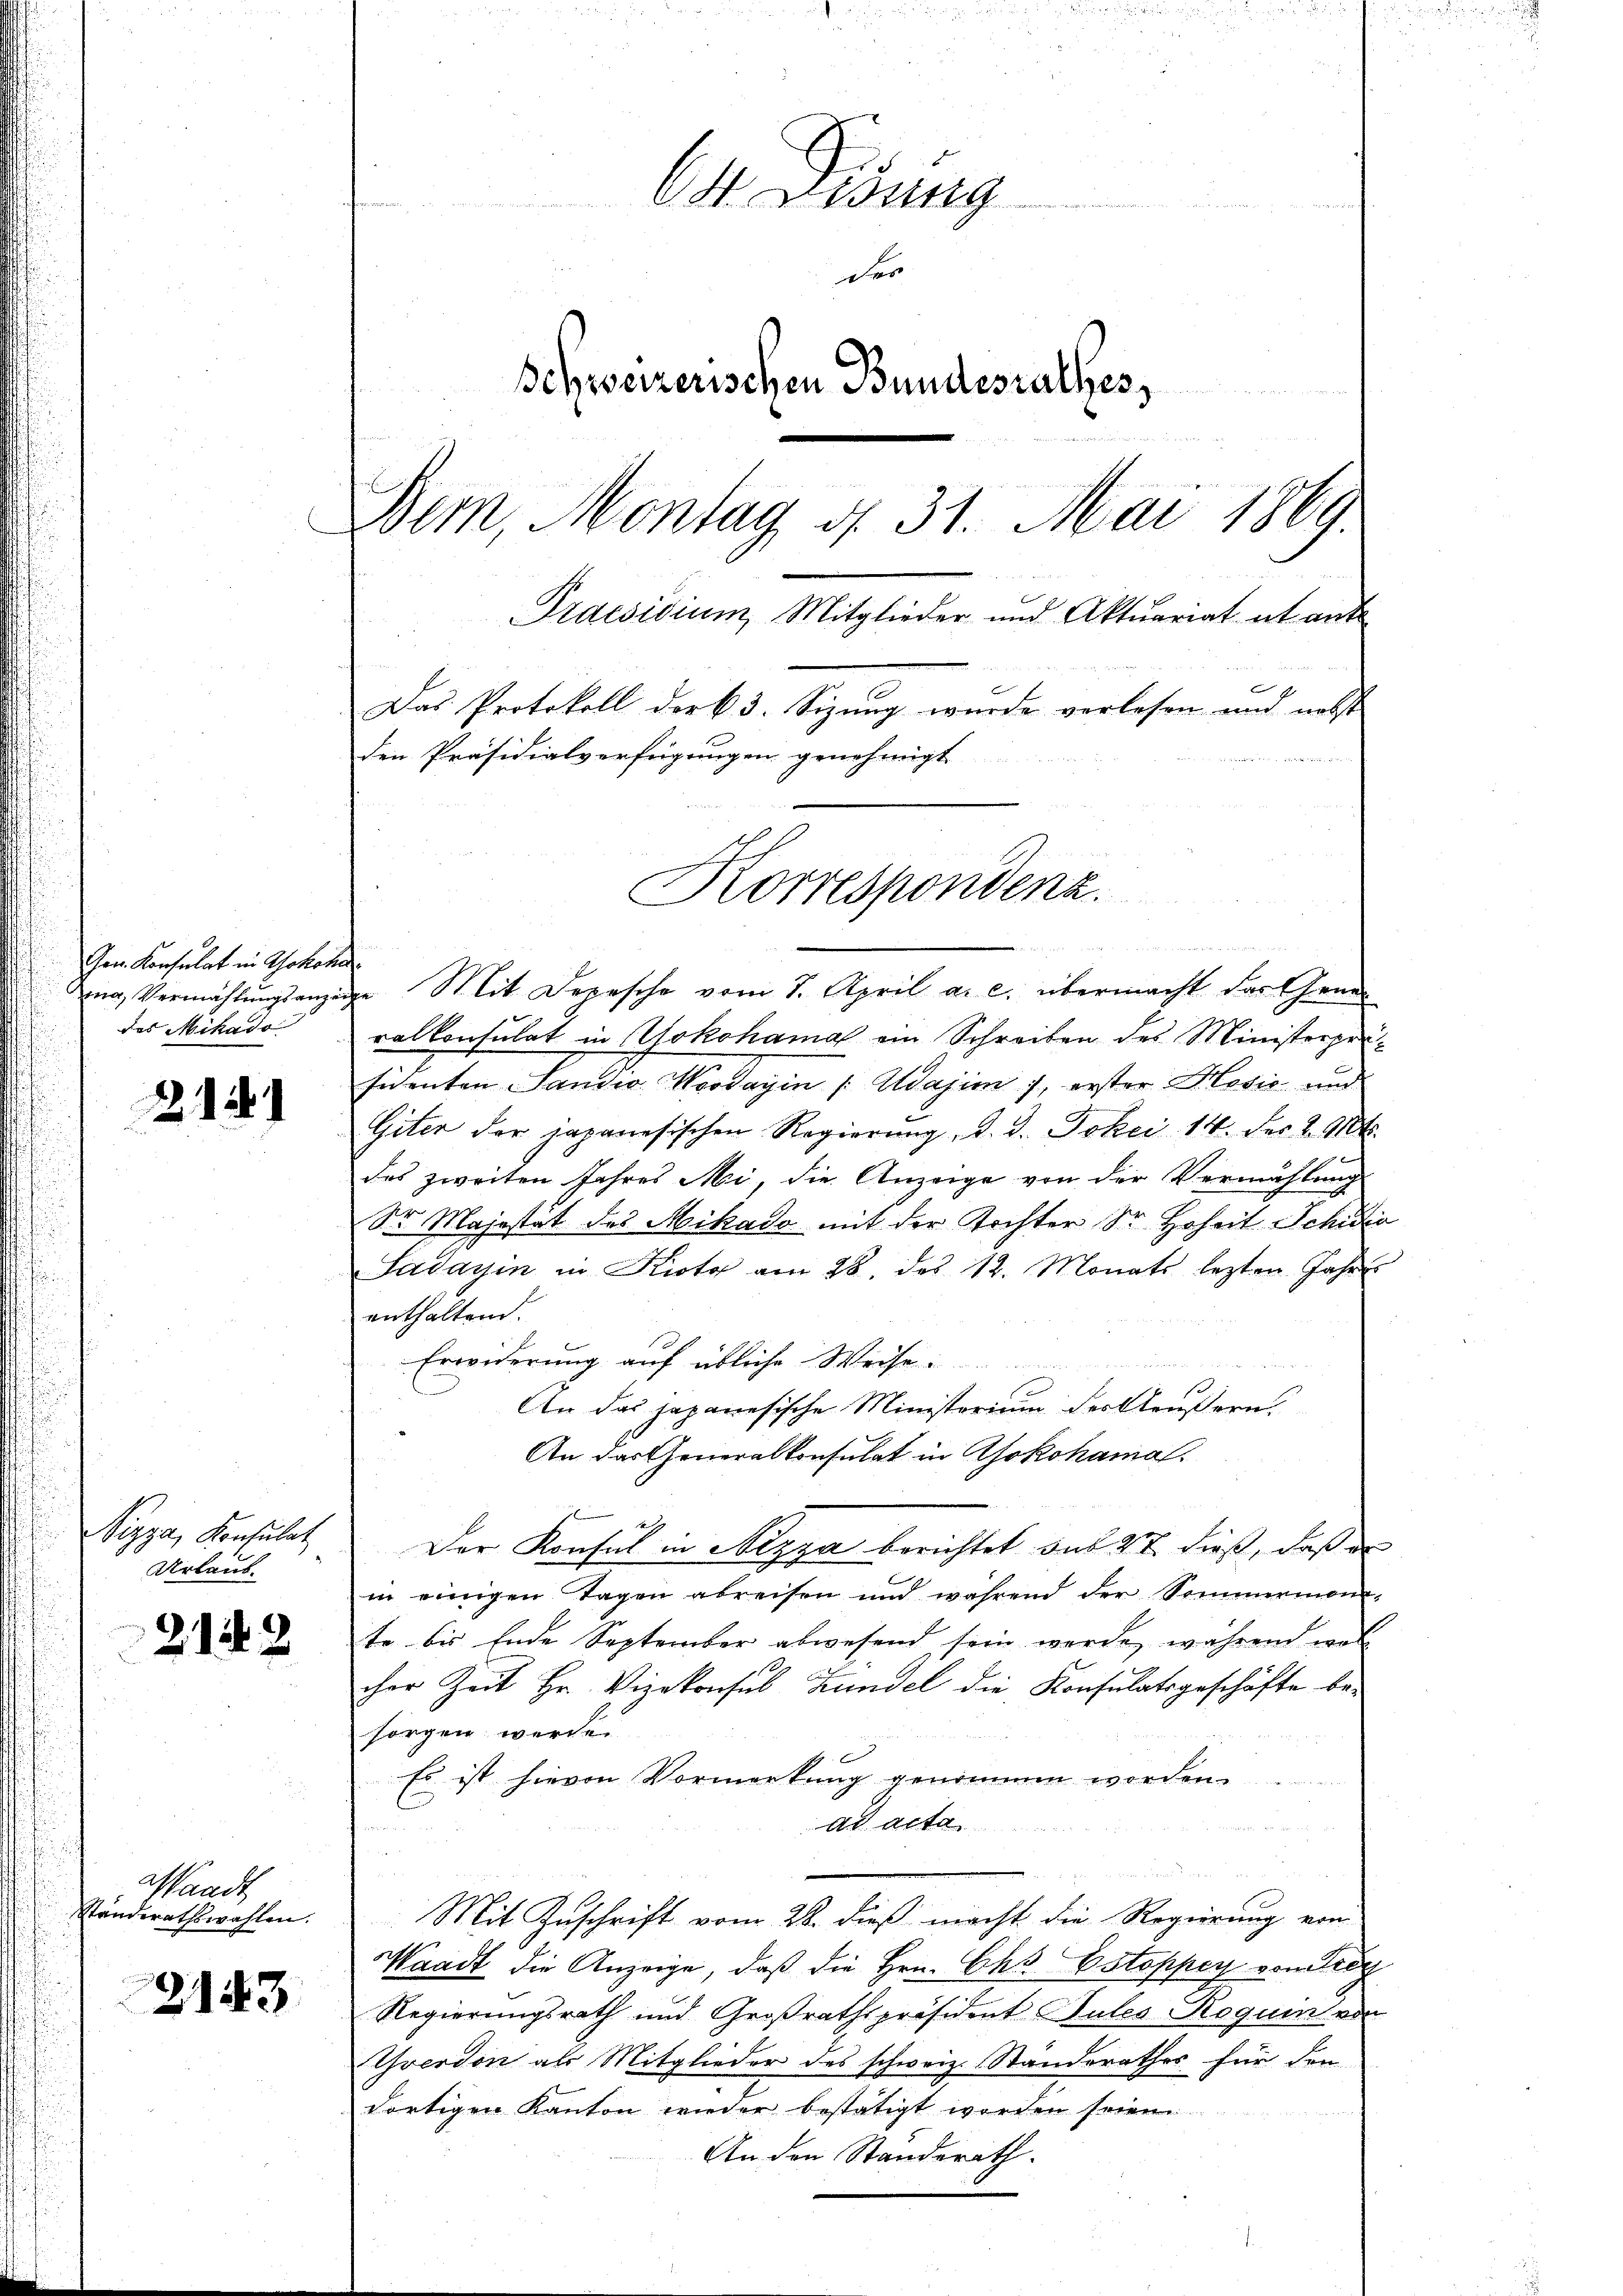
Gem. Konsulat in Yokoha
ina, Vermählungsanzeig
des Mikado

2.12.1

Nizza, Konsulat
Urlaub.

2142

Waadt
ständerathswahlen.

2143

Lung
der
Schweizerischen Bundesrathes
Bem, Montag d. 31. Mai 1869.
Praesidium Mitglieder und Aktuariat it ant
Das Protokoll der k. 3. Sizung wurde verlesen und nebst
den Präsidialverfügungen genehmigt

" Mit Depesche vom 7. April a. c. übermacht der Gener
ralkonsulat in Yokohama ein Schreiben des Ministerpersichenten Sandio Weodayin [Wajim 7, erster Hović und
Giter der japanesischen Regierung, d. d. Jokei 14. des 2. Mts.
des zweiten Jahres Mi, die Anzeige von der Vermählung
Sr Majestat des Mihado mit der Tochter Sr. Hoheit Schio
Sadagin in Rioty am 28. des 12. Monats lezten Jahres
enthaltend.
Erwiderung auf übliche Weise
u
u
An das japanesische Ministerium der Aeußern.
An das Generalkonsulat in Asokohama.
Der Konsul in Atzza berichtet aus 21 dieß, daß er
in einigen Tagen abreisen und während der Sommermon
te bis Ende September abwesend sein werde, während woll
cher Zeit Hr. Vizekonsul Hundel die Konsulatsgeschäfte besorgen werde.
Es ist hievon Vormerkung genommen worden.
ad acta
e
Mit Zuschrift vom 28. dieß macht die Regierung von
Waadt die Anzeige, daß die Hrn. Chr. Estoppey von Frey
Regierungsrath und Großrathspräsident Sules Roguin von
Yverdon als Mitglieder des schweiz. Standerathes für den
dortigen Kanton wieder bestätigt worden seien.
An den Standerath.

Korrespondenz.

d

n